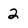
Character: 2